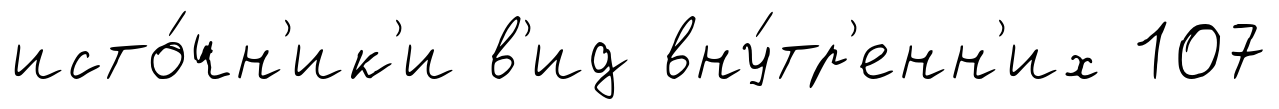
исто́чн'ик'и в'ид вну́тр'енн'их 107